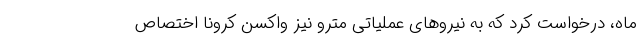
ماه، درخواست کرد که به نیروهای عملیاتی مترو نیز واکسن کرونا اختصاص